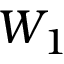
W _ { 1 }